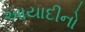
આયાદીનો